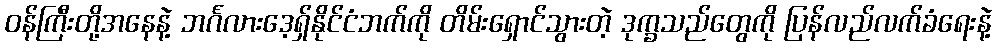
၀န်ကြီးတို့အနေနဲ့ ဘင်္ဂလားဒေ့ရှ်နိုင်ငံဘက်ကို တိမ်းရှောင်သွားတဲ့ ဒုက္ခသည်တွေကို ပြန်လည်လက်ခံရေးနဲ့